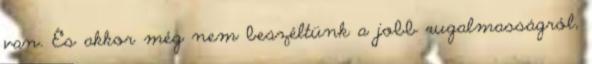
van. És akkor még nem beszéltünk a jobb rugalmasságról,